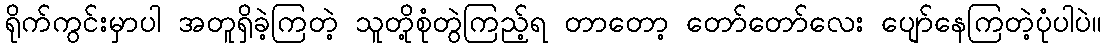
ရိုက်ကွင်းမှာပါ အတူရှိခဲ့ကြတဲ့ သူတို့စုံတွဲကြည့်ရ တာတော့ တော်တော်လေး ပျော်နေကြတဲ့ပုံပါပဲ။